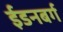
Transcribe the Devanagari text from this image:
ईडनबर्ग